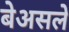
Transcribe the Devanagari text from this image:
बेअसले